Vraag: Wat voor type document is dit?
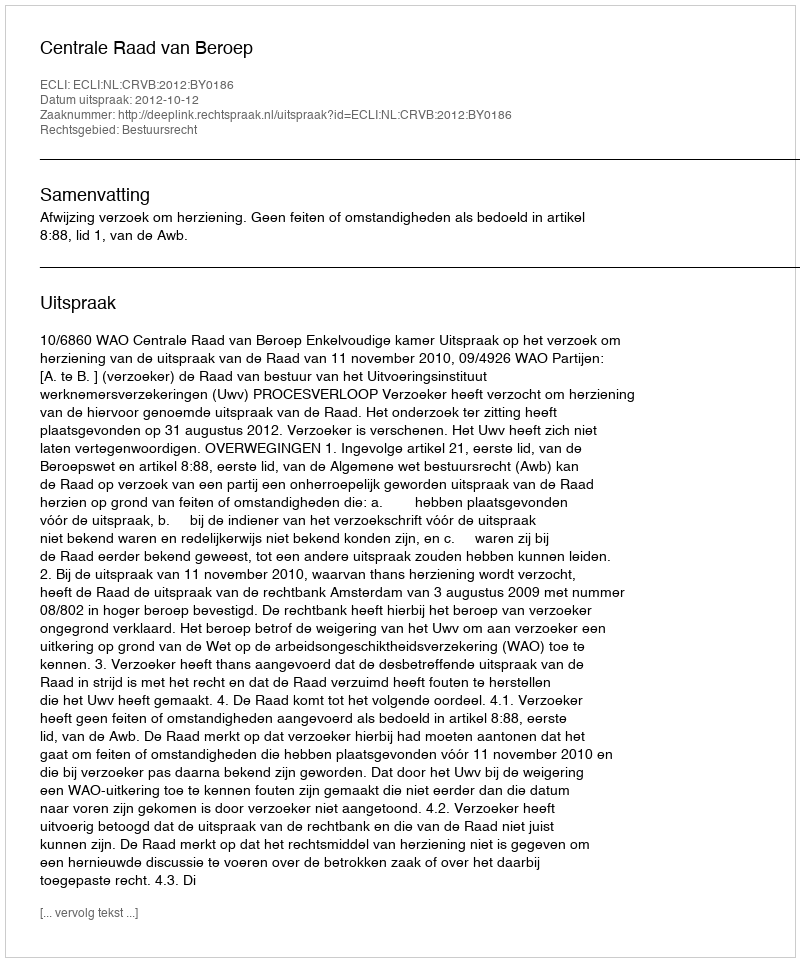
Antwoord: Uitspraak